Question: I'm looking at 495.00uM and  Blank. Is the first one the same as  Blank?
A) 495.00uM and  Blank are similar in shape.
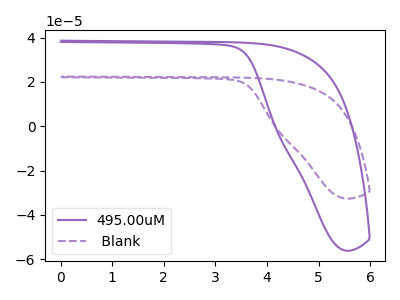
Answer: <think>The purple curve "495.00uM" has no peaks. The purple dashed curve " Blank" has no peaks.
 Neither "495.00uM" or " Blank" have any peaks.</think>
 <answer>A) "495.00uM" and " Blank" are similar in shape.</answer>
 <eval>A</eval>